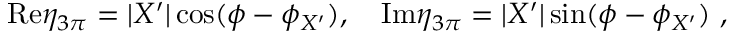
\mathrm { R e } \eta _ { 3 \pi } = | X ^ { \prime } | \cos ( \phi - \phi _ { X ^ { \prime } } ) , \quad \mathrm { I m } \eta _ { 3 \pi } = | X ^ { \prime } | \sin ( \phi - \phi _ { X ^ { \prime } } ) \ ,